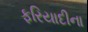
ફરિયાદીના